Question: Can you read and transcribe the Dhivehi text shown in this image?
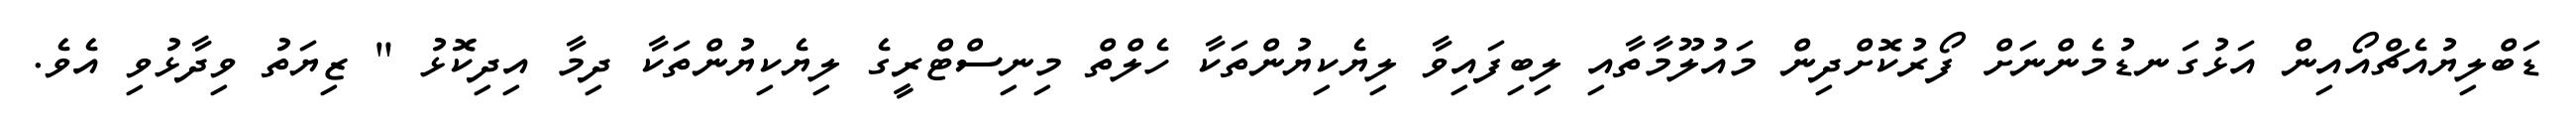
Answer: ޑަބްލިޔުއެޗްއޯއިން އަޅުގަނޑުމެންނަށް ފޯރުކޮށްދިން މައުލޫމާތާއި ލިބިފައިވާ ލިޔެކިޔުންތަކާ ހެލްތް މިނިސްޓްރީގެ ލިޔެކިޔުންތަކާ ދިމާ އިދިކޮޅު " ޒިޔަތު ވިދާޅުވި އެވެ.